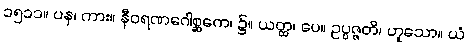
၁၅၁၁။ ပန၊ ကား။ နီဝရဏဂေါစ္ဆကေ၊ ၌။ ယတ္ထ၊ ပေ။ ဥပ္ပဇ္ဇတိ၊ ဟူသော။ ယံ